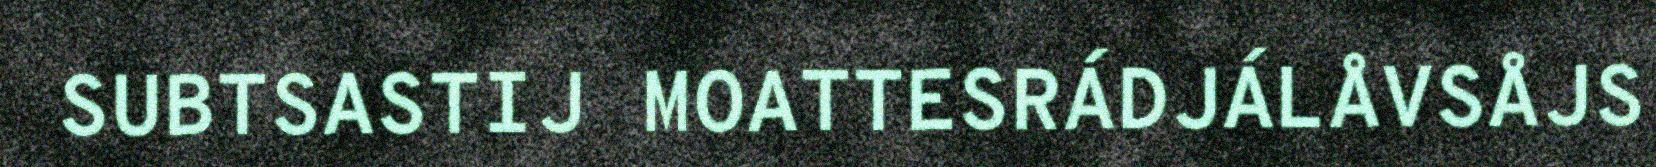
SUBTSASTIJ MOATTESRÁDJÁLÅVSÅJS